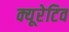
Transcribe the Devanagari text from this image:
क्यूरेटिव